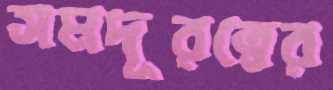
সমদূরত্বের